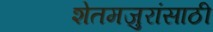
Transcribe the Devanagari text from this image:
शेतमजुरांसाठी